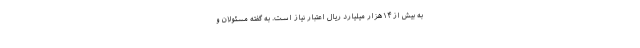
به بیش از ۱۴هزار میلیارد ریال اعتبار نیاز است. به گفته مسئولان و